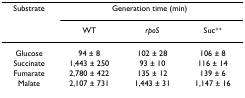
| Substrate | <COLSPAN=3> Generation time (min) |
 |  | WT | rpoS | Suc++ |
 | --- | --- | --- | --- |
 | Glucose | 94 ± 8 | 102 ± 28 | 106 ± 8 |
 | Succinate | 1,443 ± 250 | 93 ± 10 | 116 ± 14 |
 | Fumarate | 2,780 ± 422 | 135 ± 12 | 139 ± 6 |
 | Malate | 2,107 ± 731 | 1,443 ± 31 | 1,147 ± 16 |